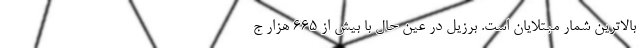
بالاترین شمار مبتلایان است. برزیل در عین حال با بیش از ۶۶۵ هزار ج